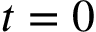
\boldsymbol { t = 0 }